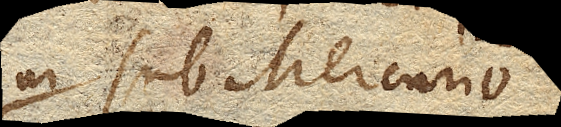
in sub Mercurio